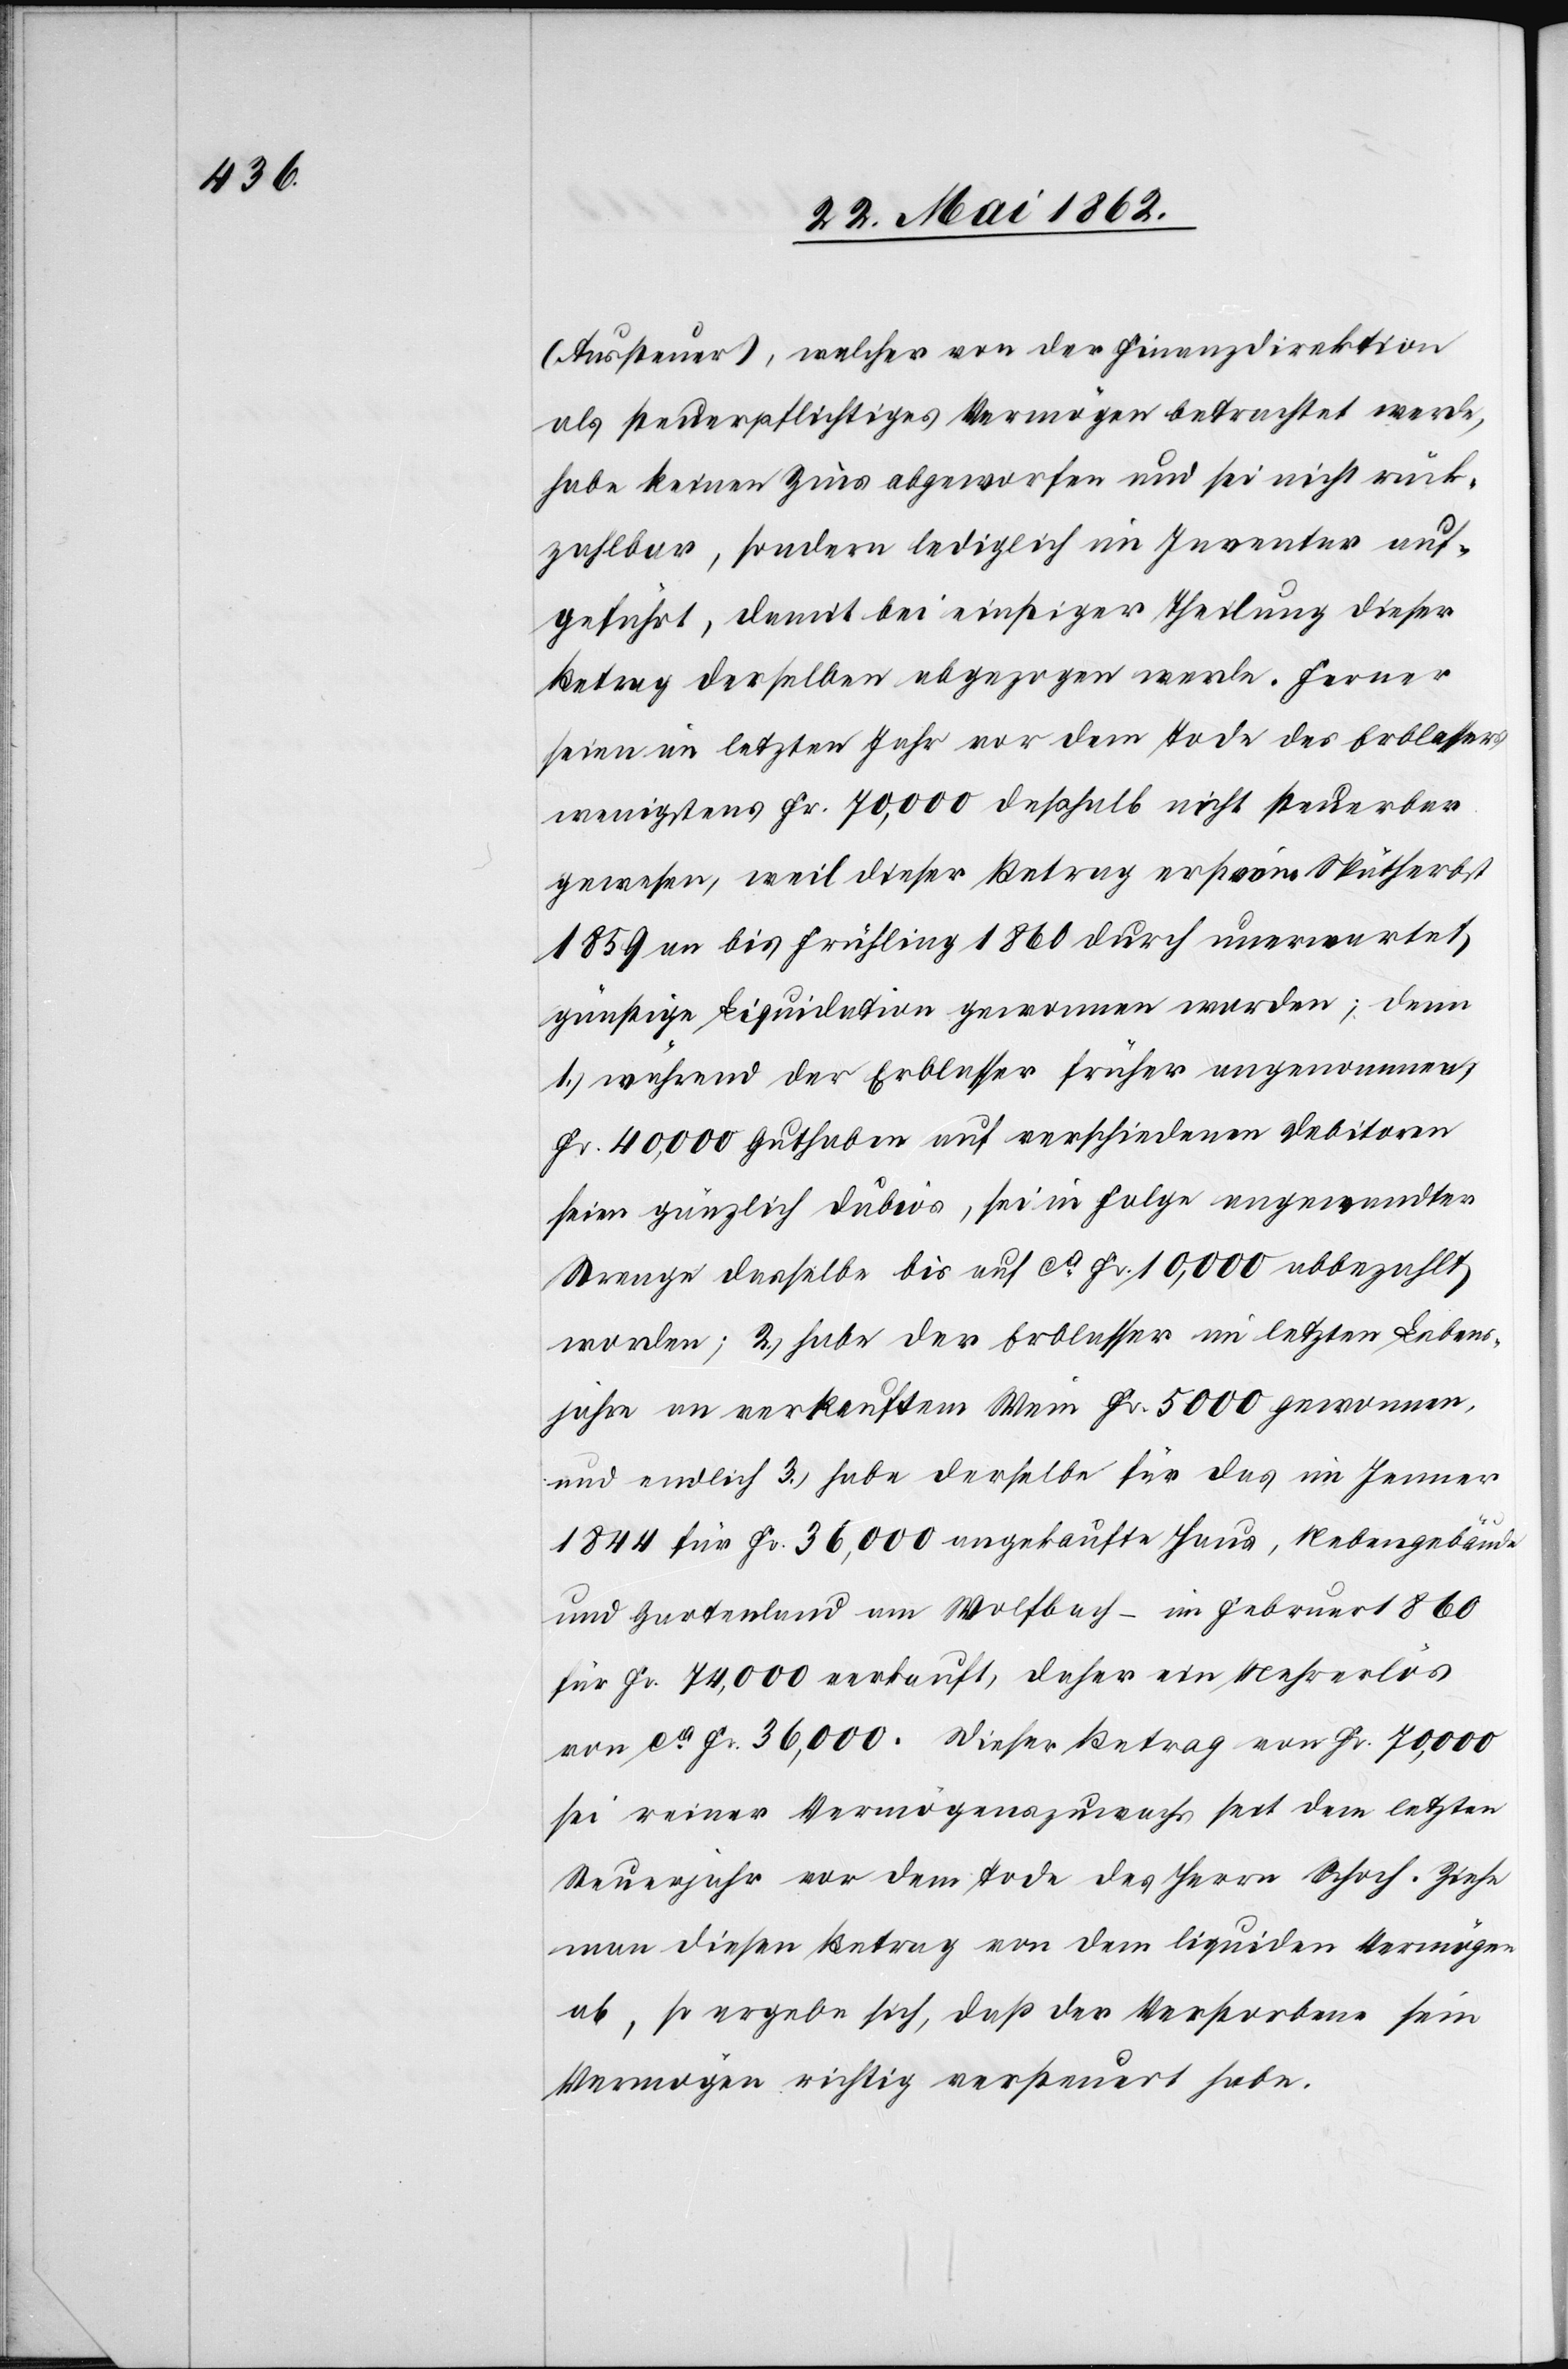
(Aussteuer), welcher von der Finanzdirektion
als steuerpflichtiges Vermögen betrachtet werde,
habe keinen Zins abgeworfen und sei nicht rück¬
zahlbar, sondern lediglich im Inventar auf¬
geführt, damit bei einstiger Theilung dieser
Betrag derselben abgezogen werde. Ferner
seien im letzten Jahr vor dem Tode des Erblassers
wenigstens Fr. 70,000 deßhalb nicht steuerbar
gewesen, weil dieser Betrag erst vom Späthherbst
1859 an bis Frühling 1860 durch unerwartet
günstige Liquidation gewonnen worden; denn
1) während der Erblasser früher angenommen,
Fr. 40,000 Guthaben auf verschiedenen Debitoren
Strenge dasselbe bis auf ca. Fr. 10,000 abbezahlt
worden; 2) habe der Erblasser im letzten Lebens¬
jahre an verkauftem Wein Fr. 5000 gewonnen,
und endlich 3) habe derselbe für das im Jenner
1844 für Fr. 36,000 angekaufte Haus, Nebengebäude
und Gartenland am Wolfbach – im Februar 1860
für Fr. 74,000 verkauft, daher ein Mehrerlös
von ca. Fr. 36,000. Dieser Betrag von Fr. 70,000
sei reiner Vermögenszuwachs seit dem letzten
Steuerjahr vor dem Tode des Herrn Schoch. Ziehe
man diesen Betrag von dem liquiden Vermögen
ab, so ergebe sich, daß der Verstorbene sein
Vermögen richtig versteuert habe.